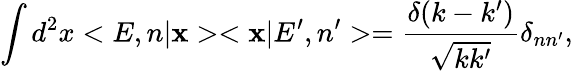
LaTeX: \int{d}^{2}x<E,n|{\mathbf x}><{\mathbf x}|E^{\prime},n^{\prime}>=\frac{\delta(k-k^{\prime})}{\sqrt{kk^{\prime}}}{\delta}_{nn^{\prime}},